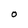
Character: O